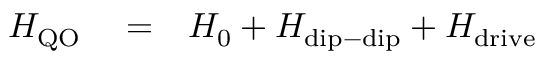
\begin{array} { r l r } { H _ { \mathrm { Q O } } } & { { } = } & { H _ { 0 } + H _ { \mathrm { d i p - d i p } } + H _ { \mathrm { d r i v e } } } \end{array}